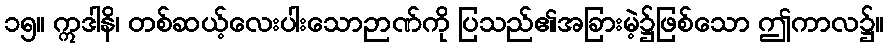
၁၅။ ဣဒါနိ၊ တစ်ဆယ့်လေးပါးသောဉာဏ်ကို ပြသည်၏အခြားမဲ့၌ဖြစ်သော ဤကာလ၌။